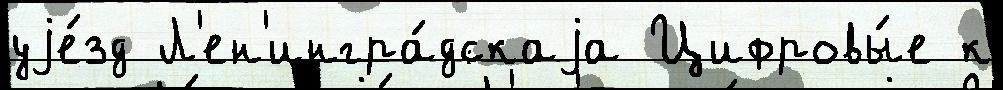
уjе́зд Л'ен'ингра́дскаjа Цифровы́е к